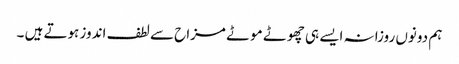
ہم دونوں روزانہ ایسے ہی چھوٹے موٹے مزاح سے لطف اندوز ہوتے ہیں ۔